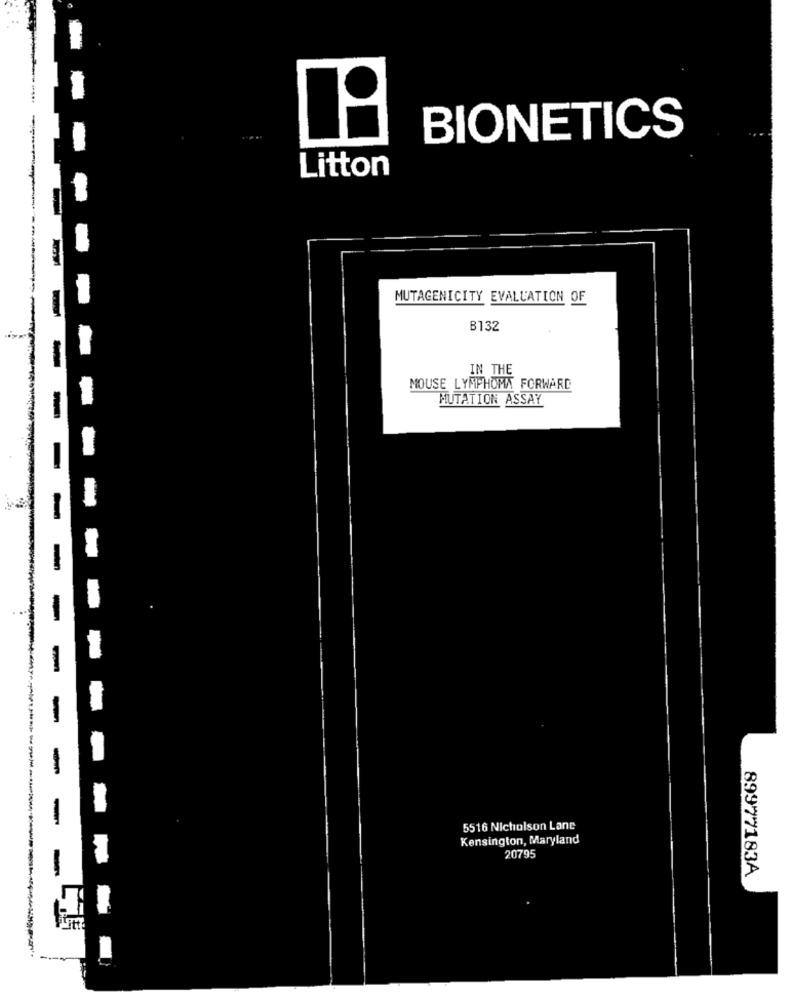
-
-
BIONETICS
Litton
MUTAGENICITY EVALUATION OF
B132
IN THE
MOUSE LYMPHOMA FORWARD
MUTATION ASSAY
---
-
5516 Nicholson Lane
Kensington, Maryland
20795
89977183A